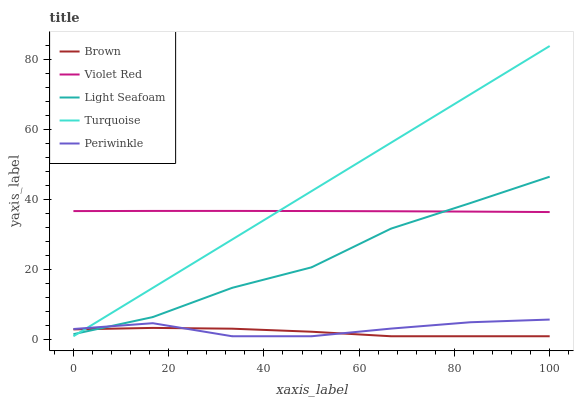
| xaxis_label | Brown | Violet Red | Light Seafoam | Turquoise | Periwinkle |
 | --- | --- | --- | --- | --- | --- |
 | 0 | 2.95 | 36.7 | 1.59 | 1 | 3.06 |
 | 16.7 | 3.38 | 36.7 | 6.46 | 14.8 | 4.72 |
 | 33.3 | 3.16 | 36.7 | 14.8 | 28.6 | 1 |
 | 50 | 2.29 | 36.7 | 20.6 | 42.4 | 1 |
 | 66.7 | 1 | 36.6 | 31.7 | 56.1 | 3.18 |
 | 83.3 | 1 | 36.5 | 39 | 69.9 | 4.99 |
 | 100 | 1 | 36.4 | 46.5 | 83.7 | 5.76 |